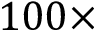
1 0 0 \times